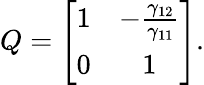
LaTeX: \begin{array}{r}{Q=\left[{\begin{array}{cc}{1}&{-\frac{\gamma_{12}}{\gamma_{11}}}\\ {0}&{1}\end{array}}\right].}\end{array}